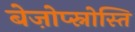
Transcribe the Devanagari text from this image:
बेज़ोप्स्नोस्ति